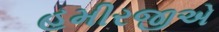
હમીરજીએ